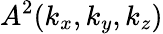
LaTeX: A^{2}(k_{x},k_{y},k_{z})